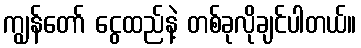
ကျွန်တော် ငွေထည်နဲ့ တစ်ခုလိုချင်ပါတယ်။